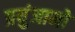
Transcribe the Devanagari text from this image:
प्रयुंजानो